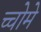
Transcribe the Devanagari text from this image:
च्चोमे